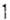
1